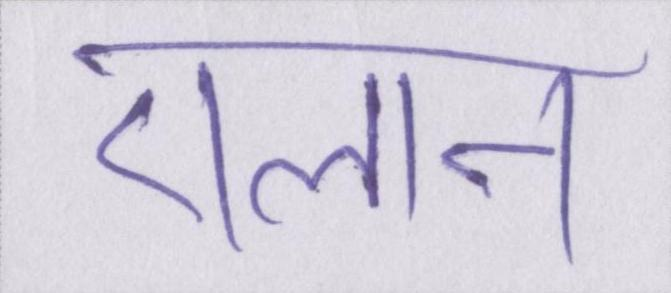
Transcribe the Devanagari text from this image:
एलान